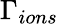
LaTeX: \Gamma_{ions}